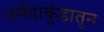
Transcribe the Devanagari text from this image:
नर्मदाकुंडातून